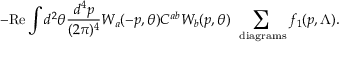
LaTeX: - \mathrm { R e } \int d ^ { 2 } \theta \frac { d ^ { 4 } p } { ( 2 \pi ) ^ { 4 } } W _ { a } ( - p , \theta ) C ^ { a b } W _ { b } ( p , \theta ) \, \sum _ { \mathrm { \footnotesize ~ d i a g r a m s } } f _ { 1 } ( p , \Lambda ) .